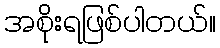
အစိုးရဖြစ်ပါတယ်။